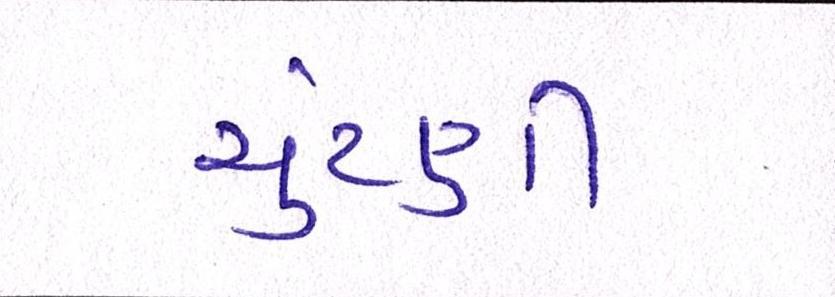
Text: ચુંટણી